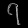
Digit: ၇